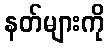
နတ်များကို